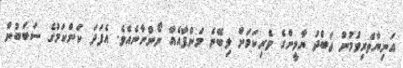
އަނިޔާވެރިވުމުން ޢަބްދު ޔާމީންގެ ވެރިކަމަށް ލިބޭނެ މަންފާއެއް ނޯންނާނެއެވެ. އެފަދަ ކަންކަމުގެ ސަބަބުން